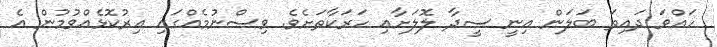
ހައްވަ ދައިތަ ބަލަން އިނީ ސީދާ ލޮލަށާއި ހަރަކާތަށެވެ. ވިސްނުމެއްގައި އިރުކޮޅެއްވުމުން އެ